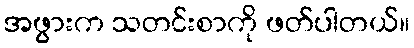
အဖွားက သတင်းစာကို ဖတ်ပါတယ်။